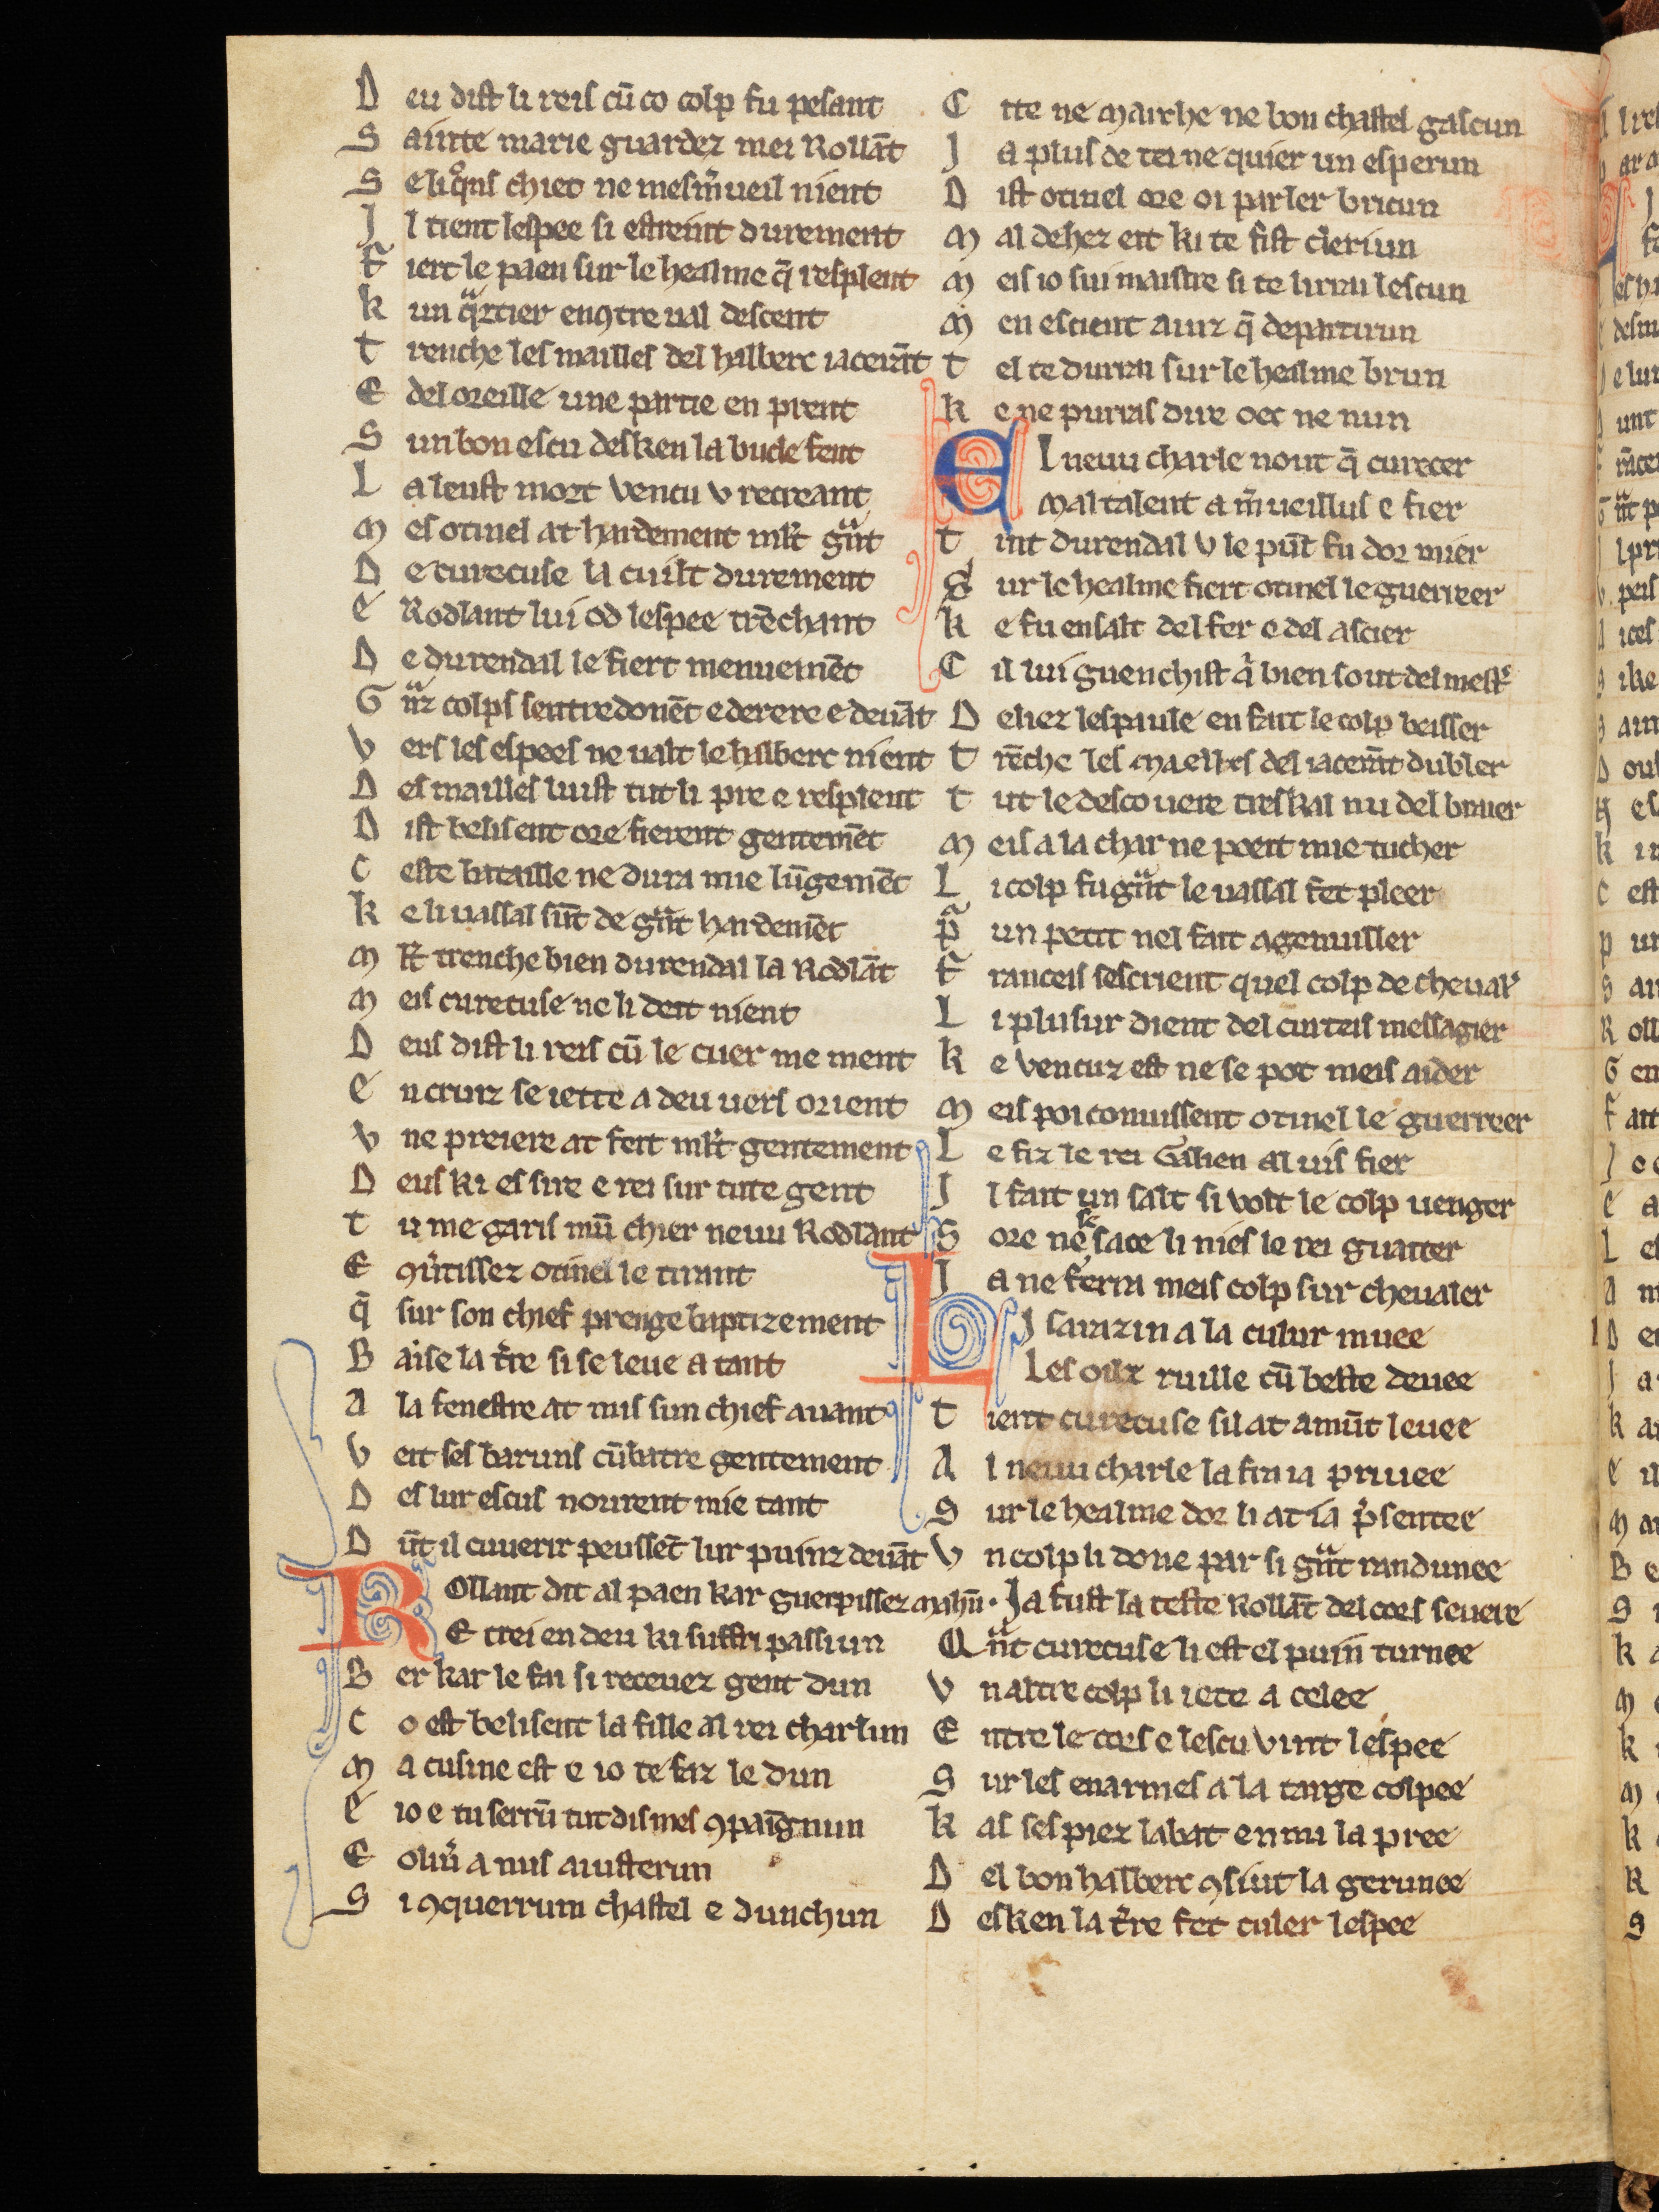
Shelfmark: Cologne, Bodmer, 168
Century: 13